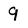
Character: 9